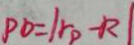
P O = \vert r p - R \vert